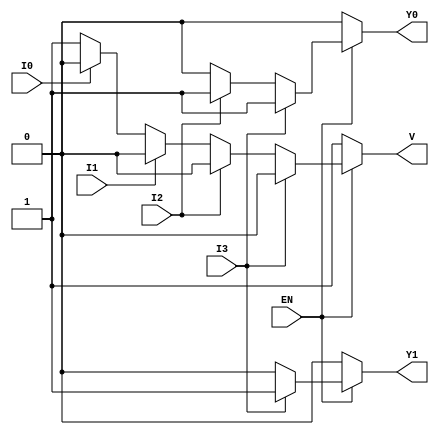
module encoder_4to2 (
    input wire EN,    // Enable input
    input wire I0,    // Input line 0
    input wire I1,    // Input line 1
    input wire I2,    // Input line 2
    input wire I3,    // Input line 3
    output reg Y0,    // Output line 0
    output reg Y1,    // Output line 1
    output reg V      // Invalid output
);

always @(*) begin
    // Default outputs
    Y0 = 0;
    Y1 = 0;
    V = 1; // Assume invalid by default

    if (EN) begin
        // Check inputs in priority order
        if (I3) begin
            Y1 = 1;
            Y0 = 1; // I3 active
            V = 0;  // Valid output
        end else if (I2) begin
            Y1 = 0;
            Y0 = 1; // I2 active
            V = 0;  // Valid output
        end else if (I1) begin
            Y1 = 0;
            Y0 = 0; // I1 active
            V = 0;  // Valid output
        end else if (I0) begin
            Y1 = 0;
            Y0 = 0; // I0 active
            V = 0;  // Valid output
        end
    end else begin
        // When EN is low, set outputs to defined state
        Y0 = 0;
        Y1 = 0;
        V = 1; // Invalid state
    end
end

endmodule